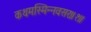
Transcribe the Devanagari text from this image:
कथमस्मिन्नवसरः॥१॥